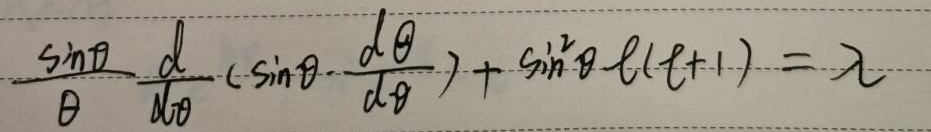
\[
\frac{\sin\theta}{\theta}\frac{d}{d\theta}\left(\sin\theta\frac{d\theta}{d\theta}\right)+\sin^{2}\theta\ell(\ell + 1)=\lambda
\]